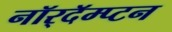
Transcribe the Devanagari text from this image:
नॉर्‌दॅम्प्टन